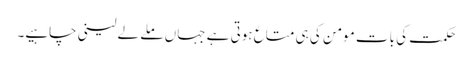
حکمت کی بات مومن کی ہی متاع ہوتی ہے جہاں ملے لے لینی چاہیے۔